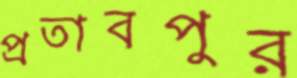
প্রতাবপুর